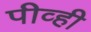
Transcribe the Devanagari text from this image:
पीव्ही